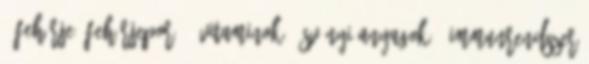
4 FEHÉRJE, fehérjepor 49 VITAMINOK, ásványi anyagok - immunrendszer